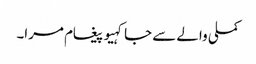
کملی والے سے جا کہیو پیغام مرا۔